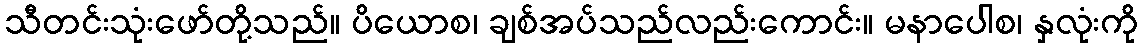
သီတင်းသုံးဖော်တို့သည်။ ပိယောစ၊ ချစ်အပ်သည်လည်းကောင်း။ မနာပေါစ၊ နှလုံးကို